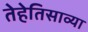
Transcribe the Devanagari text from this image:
तेहेतिसाव्या